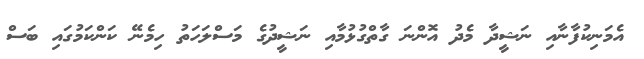
އެމަނިކުފާނާއި ނަޝީދާ މެދު އޮންނަ ގާތްގުޅުމާއި ނަޝީދުގެ މަސްލަހަތު ހިމެނޭ ކަންކަމުގައި ބަސް